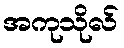
အကုသိုလ်